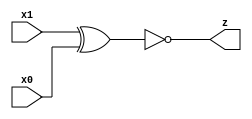
/**
 *          EXNOR (EXclusive NOR) e' una porta logica che riceve in ingresso "n"
 *          valori e restituisce "1" in uscita se, e solo se, tutti gli ingressi
 *          hanno il medesimo valore logico. In breve, e' equivalente alla
 *          negazione della porta EXOR (eXclusive OR).
 *
 *          Segue la tavola di verita' di una porta EXNOR a "n=2" ingressi: 
 *          
 *          |------------|--------|
 *          |   INPUT    | OUTPUT |
 *          |------------|--------|
 *          |   A  |  B  |NOT{A^B}|
 *          |------|-----|--------|
 *          |   0  |  0  |   1    |
 *          |   0  |  1  |   0    |
 *          |   1  |  0  |   0    |
 *          |   1  |  1  |   1    |
 *          |------------|--------|
 *
 *          Created on 22/04/2019.
 */

module XNOR(x1, x0, z);
    input x1;
    input x0;
    output z;

    assign z = ~(x1 ^ x0);
endmodule